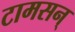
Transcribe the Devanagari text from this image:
टामसन्